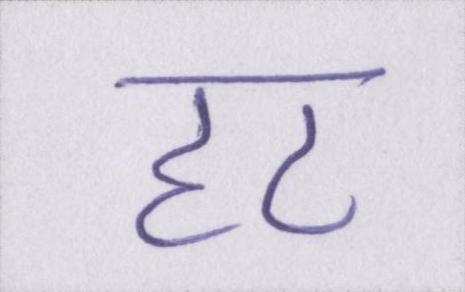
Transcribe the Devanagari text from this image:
हट